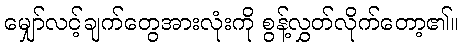
မျှော်လင့်ချက်တွေအားလုံးကို စွန့်လွှတ်လိုက်တော့၏။